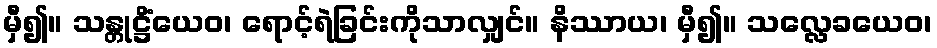
မှီ၍။ သန္တုဋ္ဌိံယေဝ၊ ရောင့်ရဲခြင်းကိုသာလျှင်။ နိဿာယ၊ မှီ၍။ သလ္လေခယေဝ၊